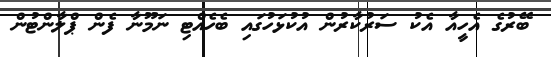
ބޭރުގެ އެހީއާ އެކު ސަރުކާރުން އުކުޅަހުގައި ބެހެއްޓި ނަމޫނާ ފެން ޕްލާންޓުން